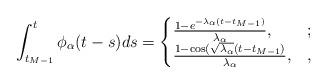
LaTeX: \begin{align*} \int_{t_{M-1}}^t \phi_\alpha(t-s) ds=\begin{cases}\frac{1-e^{-\lambda_\alpha (t-t_{M-1})}}{\lambda_\alpha},&;\\\frac{1-\cos(\sqrt{\lambda_\alpha}(t-t_{M-1})}{\lambda_\alpha},&,\end{cases}\end{align*}